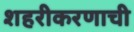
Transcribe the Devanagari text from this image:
शहरीकरणाची